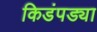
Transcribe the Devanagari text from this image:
किडंपड्या